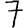
Digit: 7